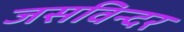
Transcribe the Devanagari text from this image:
जसविन्दर